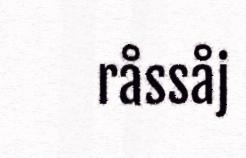
råssåj